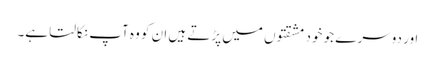
اور دوسر ے جو خود مشقتوں میں پڑتے ہیں ان کو وہ آپ نکالتا ہے۔